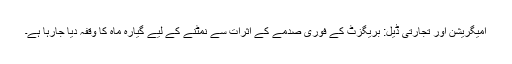
امیگریشن اور تجارتی ڈیل: بریگزٹ کے فوری صدمے کے اثرات سے نمٹنے کے لیے گیارہ ماہ کا وقفہ دیا جارہا ہے۔